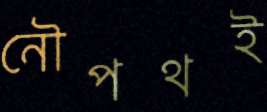
নৌপথই